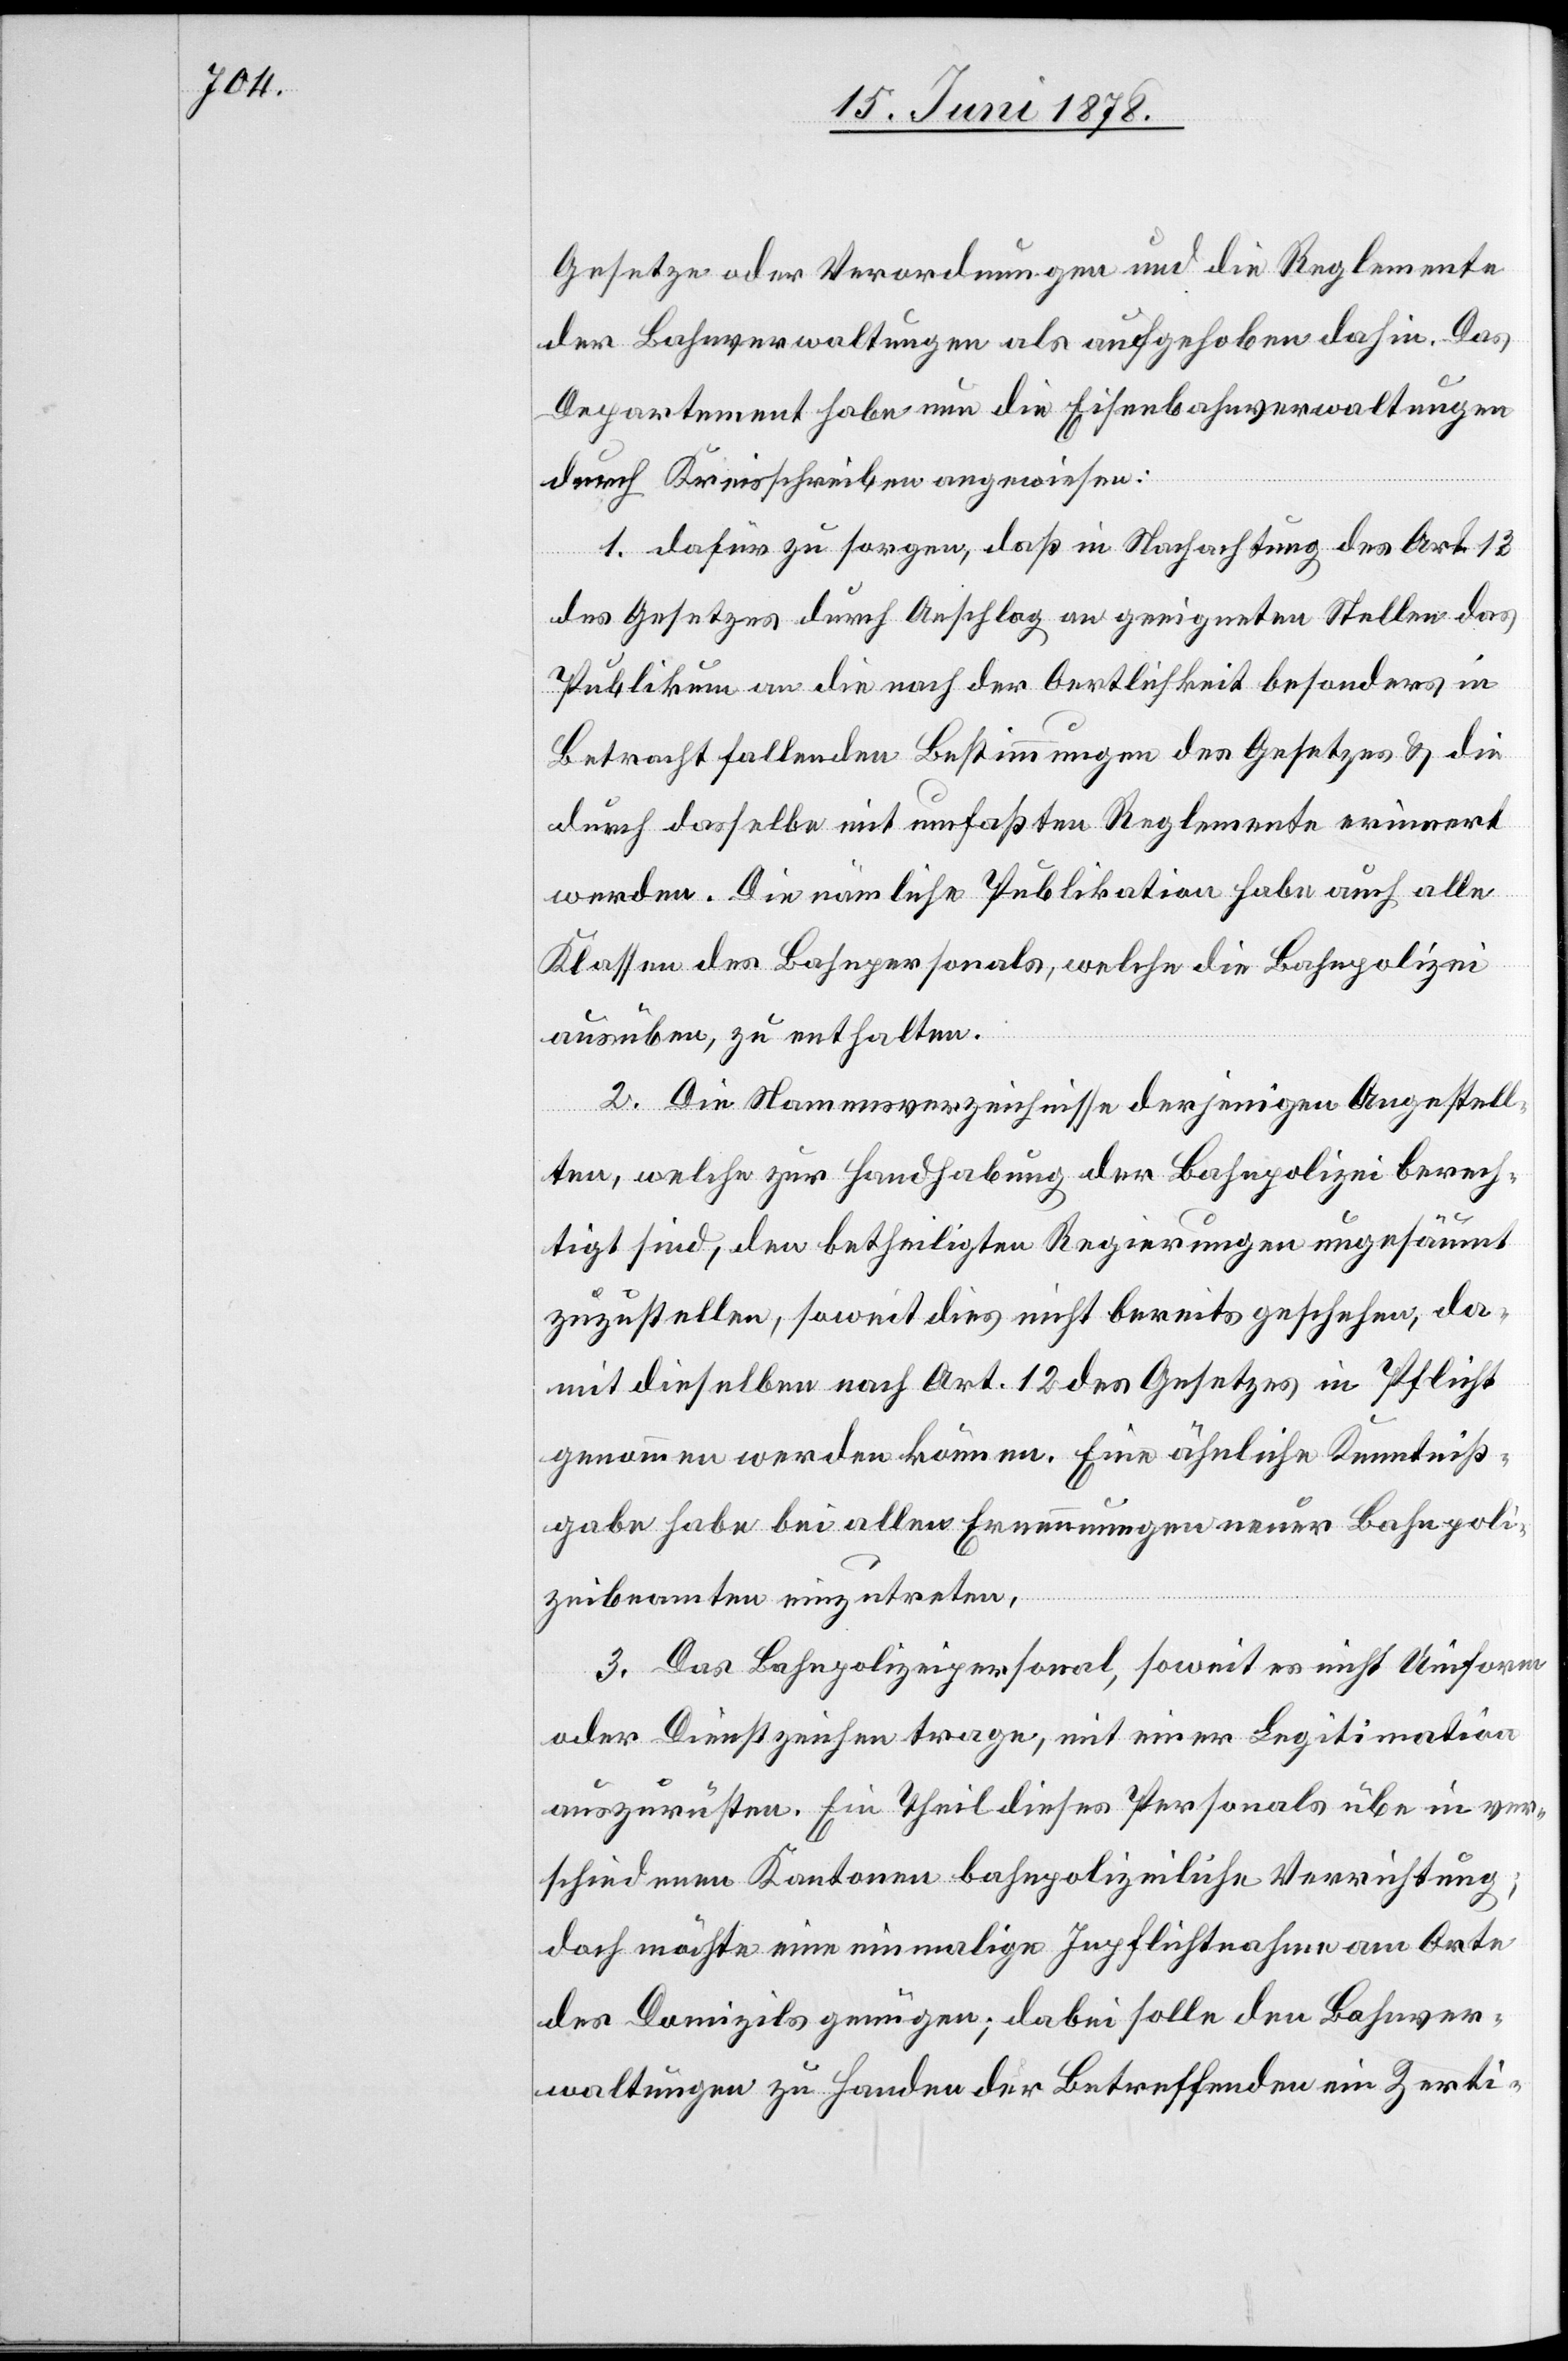
Gesetze oder Verordnungen und die Reglemente
der Bahnverwaltungen als aufgehoben dahin. Das
Departement habe nun die Eisenbahnverwaltungen
durch Kreisschreiben angewiesen:
1. dafür zu sorgen, daß in Nachachtung des Art. 13
des Gesetzes durch Anschlag an geeigneten Stellen das
Publikum an die nach der Oertlichkeit besonders in
Betracht fallenden Bestimmungen des Gesetzes & die
durch dasselbe mit umfassten Reglemente erinnert
werden. Die nämliche Publikation habe auch alle
Klassen des Bahnpersonals, welche die Bahnpolizei
ausüben, zu enthalten.
2. Die Namensverzeichnisse derjenigen Angestell¬
ten, welche zur Handhabung der Bahnpolizei berech¬
tigt sind, den betheiligten Regierungen ungesäumt
zuzustellen, soweit dies nicht bereits geschehen, da¬
mit dieselben nach Art. 12 des Gesetzes in Pflicht
genommen werden können. Eine ähnliche Kenntniß¬
gabe habe bei allen Ernennungen neuer Bahnpoli¬
zeibeamten einzutreten,
3. Das Bahnpolizeipersonal, soweit es nicht Uniform
oder Dienstzeichen trage, mit einer Legitimation
auszurüsten. Ein Theil dieses Personals übe in ver¬
schiedenen Kantonen bahnpolizeiliche Verrichtung;
doch möchte eine einmalige Inpflichtnahme am Orte
des Domizils genügen; dabei solle den Bahnver¬
waltungen zu Handen der Betreffenden ein Zerti-